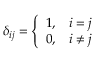
\delta _ { i j } = { \left\{ \begin{array} { l l } { 1 , } & { i = j } \\ { 0 , } & { i \neq j } \end{array} \right. }